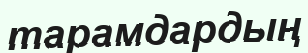
тарамдардың